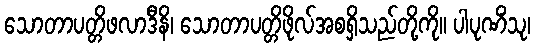
သောတာပတ္တိဖလာဒီနိ၊ သောတာပတ္တိဖိုလ်အစရှိသည်တို့ကို။ ပါပုဏိံသု၊